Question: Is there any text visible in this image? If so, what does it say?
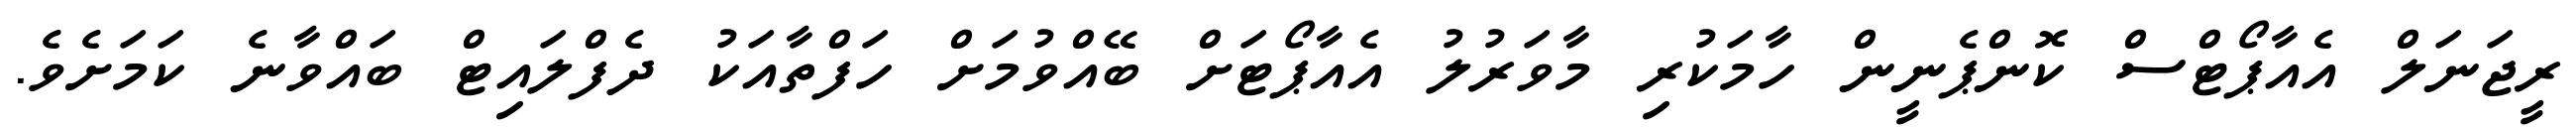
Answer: ރީޖަނަލް އެއާޕޯޓްސް ކޮންޕެނީން ހާމަކުރި މާވަރުލު އެއާޕޯޓަށް ބޭއްވުމަށް ހަފްތާއަކު ދެފްލައިޓް ބައްވާނެ ކަމަށެވެ.